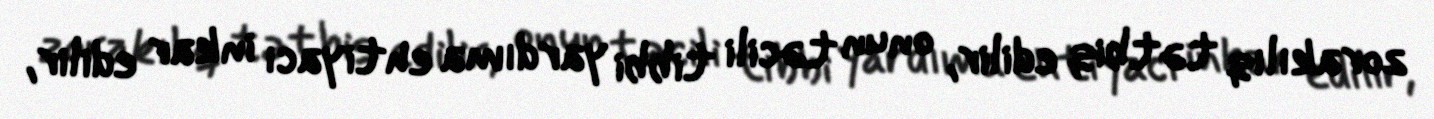
zorakılıq tətbiq edilir, onun təcili tibbi yardıma ehtiyacı inkar edilir,